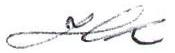
HK